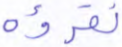
نقرؤه